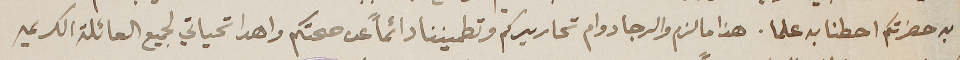
به حضرتكم احطنا به علما. هذا ما لزم والرجا دوام تحاريركم وتطميننا دائماً عن صحتكم واهدا تحياتي لجميع العائلة الكريمه